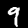
Label: 9